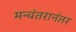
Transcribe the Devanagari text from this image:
मन्वंतरानंतर